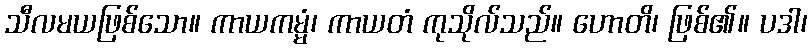
သီလမယဖြစ်သော။ ကာယကမ္မံ၊ ကာယတံ ကုသိုလ်သည်။ ဟောတိ၊ ဖြစ်၏။ ပဒါ၊